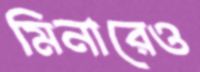
মিনারেও